Vaccination in Bombay 1913-1923 - 1913-1923
Year: 1913
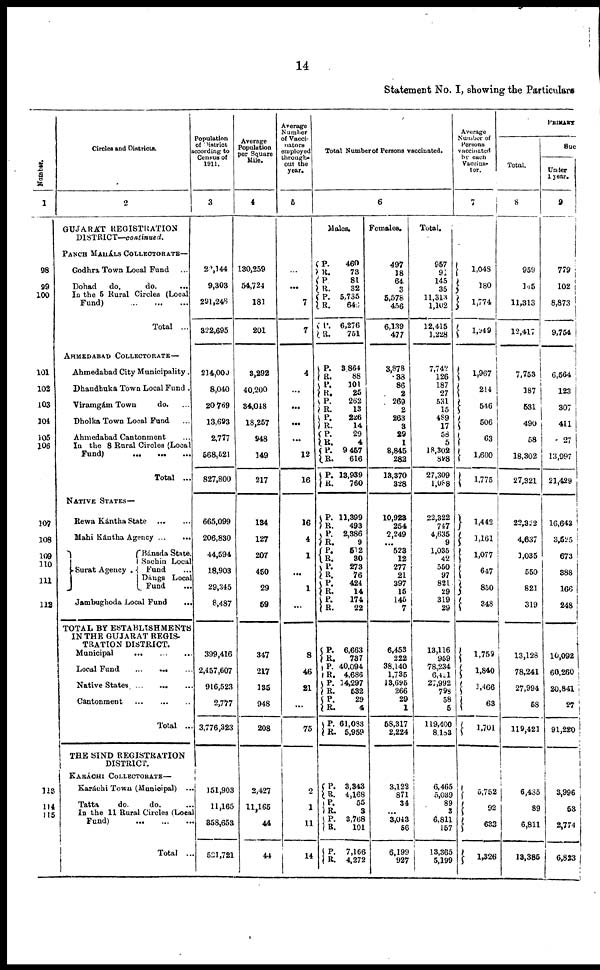
14
Statement No. I, showing the Particulars
Number.
1
98
99
100
101
102
103
104
105
106
107
108
109
110
111
112
113
114
115
Circles and Districts.
2
GUJARÁT REGISTRATION
DISTRICT—continued.
PANCH MAHÁLS COLLECTORATE—
Godhra Town Local Fund ...
Dohad
do.
do. ...
In the 5 Rural Circles (Local
Fund)
...
...
...
Total ...
AHMEDABAD COLLECTORATE—
Ahmedabad City Municipality.
Dhandhuka Town Local Fund .
Viramgám Town
do. ...
Dholka Town Local Fund ...
Ahmedabad Cantonment ...
In the 8 Rural Circles (local
Fund)
Total ...
NATIVE STATES—
Rewa Kántha State
...
...
Mahi Kántha Agency
...
...
Surat Agency.
Bánsda State.
Sachin Local
Fund
Dángs Local
Fund ...
Jambughoda Local Fund
...
TOTAL BY ESTABLISHMENTS
IN THE GUJARAT REGIS-
TRATION DISTRICT.
Municipal
...
...
...
Local Fund ... ... ...
Native States ... ... ...
Cantonment ... ... ...
Total ...
THE SIND REGISTRATION
DISTRICT.
KARÁCHI COLLECTORATE—
Karáchi Town (Municipal) ...
Tatta
do.
do.
In the 11 Rural Circles (Local
Fund) ... ... ...
Total ...
Population
of District
according to
Census of
1911.
3
22,144
9,303
291,248
322,695
214,000
8,040
20,769
13,693
2,777
568,521
827,800
665,099
206,830
44,594
18,903
29,345
8,487
399,416
2,457,607
916,523
2,777
3,776,323
151,903
11,165
858,653
521,721
Average
Population
per Square
Mile.
4
130,259
54,724
181
201
3,292
40,200
34,048
18,257
948
149
217
134
127
207
450
29
59
347
217
135
948
208
2,427
11,165
44
44
Average
Number
of Vacci¬
nators
employed
through-
out the
year.
5
...
...
7
7
4
...
...
...
...
12
16
16
4
1
... 1
...
8
46
21
...
75
2
1
11
14
Total Number of Persons vaccinated.
6
Males.
P.
R.
P.
R.
P.
R.
P.
R.
P.
R.
P.
R.
P.
R.
P.
R.
P.
R. P.
R.
P.
R.
P.
R.
P.
R.
P.
R.
P.
R.
P.
R.
P.
R.
460
73
81
32
5,735
646
6,276
751
3,864
88
101
25
262
13
226
14
29
4
9 457
616
13,939
760
11,399
493
2,386
9
512
30
273
76
424
14
174
22
P.
R.
P.
R.
P.
R.
P.
R.
P.
R.
P.
R.
P.
R.
P.
R.
P.
R.
6,663
787
40,094
4,686
14,297
532
29
4
61,083
5,959
3,343
4,168
55
3
3,768
101
7,166
4,272
Females.
497
18
64
3
5,578
456
6,139
477
3,878
38
86
2
269
2
263
3
29
1
8,845
282
13,370
328
10,923
254
2,249
...
523
12
277
21
397
15
145
7
6,453
222
38,140
1,735
13,695
266
29
1
58,317
2,224
3,122
871
34
...
3,043
56
6,199
927
Total.
957
91
145
35
11,313
1,102
12,415
1,228
7,742
126
187
27
531
15
489
17
58
5
18,302
898
27,309
1,088
22,322
747
4,635
9
1,035
42
550
97
821.
29
319
29
13,116
959
78,234
6,421
27,992
798
58
5
119,400
8,183
6,465
5,039
89
3
6,811
157
13,365
5,199
Average
Number of
Persons
vaccinated
by each
Vaccina¬
tor.
7
1,048
180
1,774
1,549
1,967
214
546
506
63
1,600
1,775
1,442
1,161
1,077
647
850
348
1,759
1,840
1,466
63
1,701
5,752
92
633
1,326
PRIMARY
Total.
8
959
145
11,313
12,417
7,753
187
531
490
58
18,302
27,321
22,322
4,637
1,035
550
821
319
13,128
78,241
27,994
58
119,421
6,435
89
6,811
13,385
Suc
Under
1 year.
9
779
102
8,873
9,754
6,564
123
307
411
27
13,997
21,429
16,643
3,525
673
388
166
248
10,092
60,260
20,841
27
91,220
3,996
53
2,774
6,823